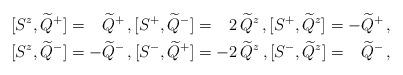
LaTeX: \begin{align*}\begin{aligned}& [S^z, \widetilde{Q}^+] = \hphantom{+}\widetilde{Q}^+ \, , [S^+, \widetilde{Q}^-] = \hphantom{+}2\, \widetilde{Q}^z \, , [S^+, \widetilde{Q}^z] = -\widetilde{Q}^+ \, , \\& [S^z, \widetilde{Q}^-] = - \widetilde{Q}^- \, , [S^-, \widetilde{Q}^+] = -2\, \widetilde{Q}^z \, , [S^-, \widetilde{Q}^z] = \hphantom{+}\widetilde{Q}^- \, ,\end{aligned}\end{align*}